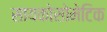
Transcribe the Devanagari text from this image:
सायकोसोमेटिक